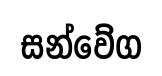
සන්වේග